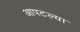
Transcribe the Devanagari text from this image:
आपटल्या